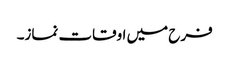
فرح میں اوقات نماز۔